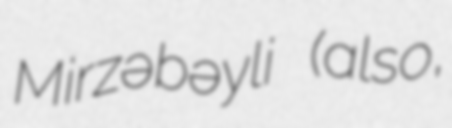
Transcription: Mirzəbəyli (also,